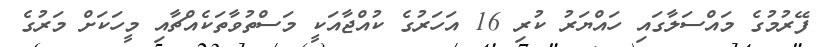
ފޭރުމުގެ މައްސަލާގައި ހައްޔަރު ކުރި 16 އަހަރުގެ ކުއްޖާއަކީ މަސްތުވާތަކެއްޗާއި މީހަކަށް މަރުގެ